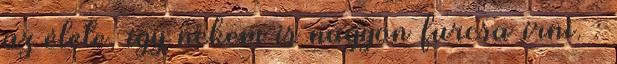
az élete, így nekem is nagyon furcsa írni. :